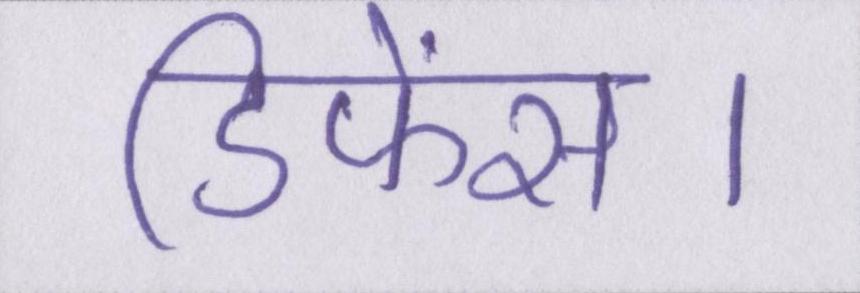
डिफेंस।